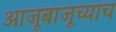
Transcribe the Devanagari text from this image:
आजूबाजूच्याच